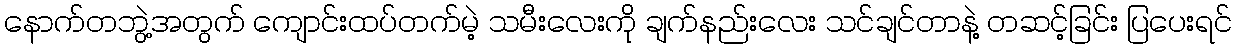
နောက်တဘွဲ့အတွက် ကျောင်းထပ်တက်မဲ့ သမီးလေးကို ချက်နည်းလေး သင်ချင်တာနဲ့ တဆင့်ခြင်း ပြပေးရင်